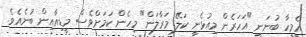
އެމީހާ ބުނަނީ "އަހަރެން މިއުޅެނީ ކަލޭ މަރާލަން" މިހެން ކަމަށްވެސް މީޑިއާއިން ބުނެއެވެ.